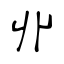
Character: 丱